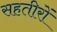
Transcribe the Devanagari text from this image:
सहतीरों